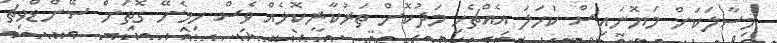
މިސާލަކަށް މަޔޮނައިސް ކަހަލަ އެއްޗެހި މަދުކޮށް ތަރުކާރީކޮޅެއް ވެސް ހިމެނޭ ގޮތަށް ސޭންޑްވިޗު